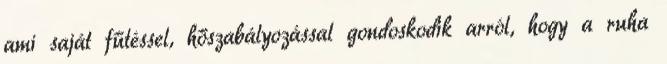
ami saját fűtéssel, hőszabályozással gondoskodik arról, hogy a ruha